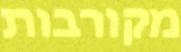
מקורבות